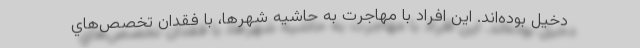
دخيل بوده‌اند. اين افراد با مهاجرت به حاشيه شهرها، با فقدان تخصص‌هاي